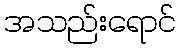
အသည်းရောင်